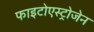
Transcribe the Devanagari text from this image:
फाइटोएस्ट्रोजेन